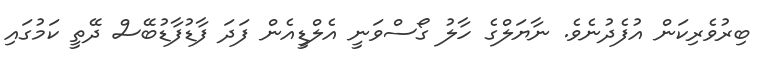
ބިރުވެރިކަން އުފެދުނެވެ. ނާޔަލްގެ ހާލު ގޯސްވަނީ އެލްޑީއެން ފަދަ ފާޑުފާޑުބޭސް ދޭތީ ކަމުގައި